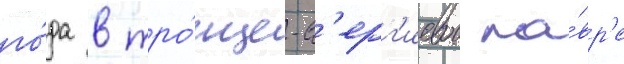
го́да в тро́ице-с'ерг'иевои ла́вр'е